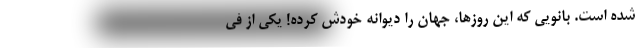
شده است. بانویی که این روزها، جهان را دیوانه خودش کرده! یکی از فی